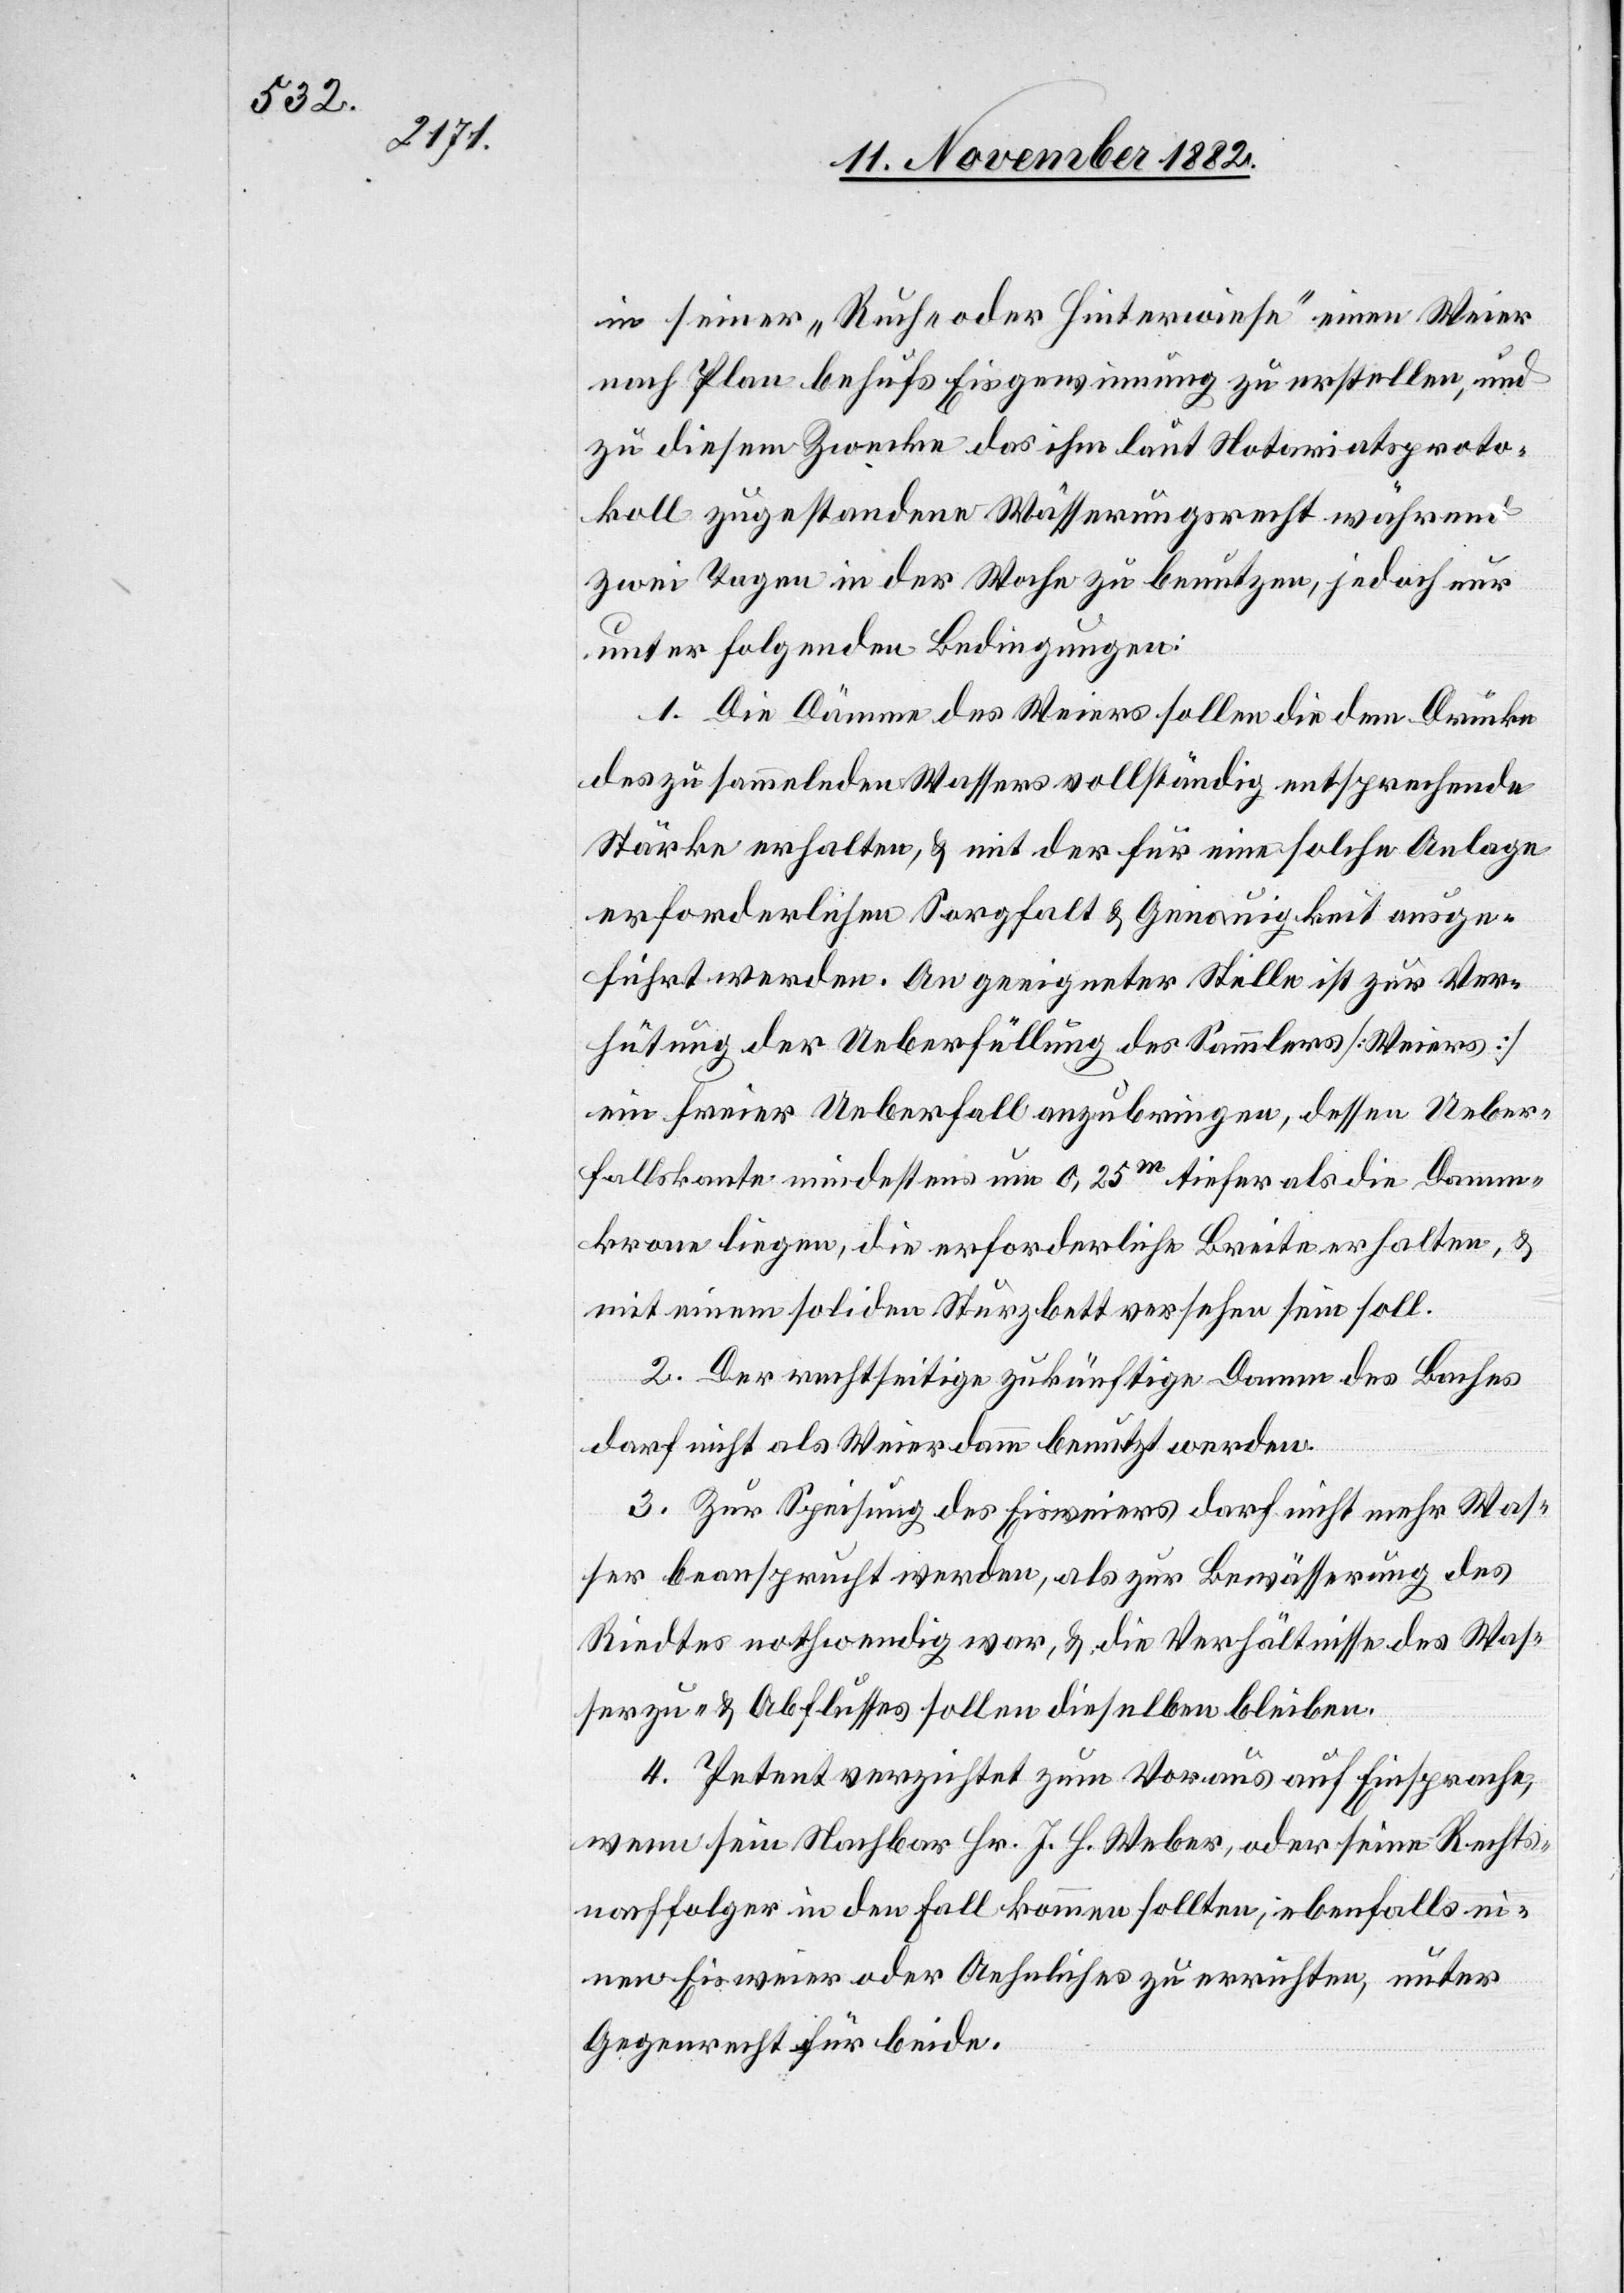
in seiner „Ruch- oder Hinterwiese“ einen Weier
nach Plan behufs Eisgewinnung zu erstellen, und
zu diesem Zwecke das ihm laut Notariatsproto¬
koll zugestandene Wässerungsrecht während
zwei Tagen in der Woche zu benutzen, jedoch nur
unter folgenden Bedingungen:
1. Die Dämme des Weiers sollen die dem Drucke
des zu sammelnden Wassers vollständig entsprechende
Stärke erhalten, & mit der für eine solche Anlage
erforderlichen Sorgfalt & Genauigkeit ausge¬
führt werden. An geeigneter Stelle ist zur Ver¬
hütung der Ueberfüllung des Sammlers [Weiers]
ein freier Ueberfall anzubringen, dessen Ueber¬
fallskante mindestens um 0,25m tiefer als die Damm¬
krone liegen, die erforderliche Breite erhalten, &
mit einem soliden Sturzbett versehen sein soll.
2. Der rechtseitige zukünftige Damm des Baches
darf nicht als Weierdamm benutzt werden.
3. Zur Speisung des Eisweiers darf nicht mehr Was¬
ser beansprucht werden, als zur Bewässerung des
Riedtes nothwendig war, & die Verhältnisse des Was¬
serzu- & Abflusses sollen dieselben bleiben.
4. Petent verzichtet zum Voraus auf Einsprache,
wenn sein Nachbar Hr. J. H. Weber, oder seine Rechts¬
nachfolger in den Fall kommen sollten, ebenfalls ei¬
nen Eisweier oder Aehnliches zu errichten, unter
Gegenrecht für beide.